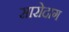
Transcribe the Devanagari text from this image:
सारोदाग